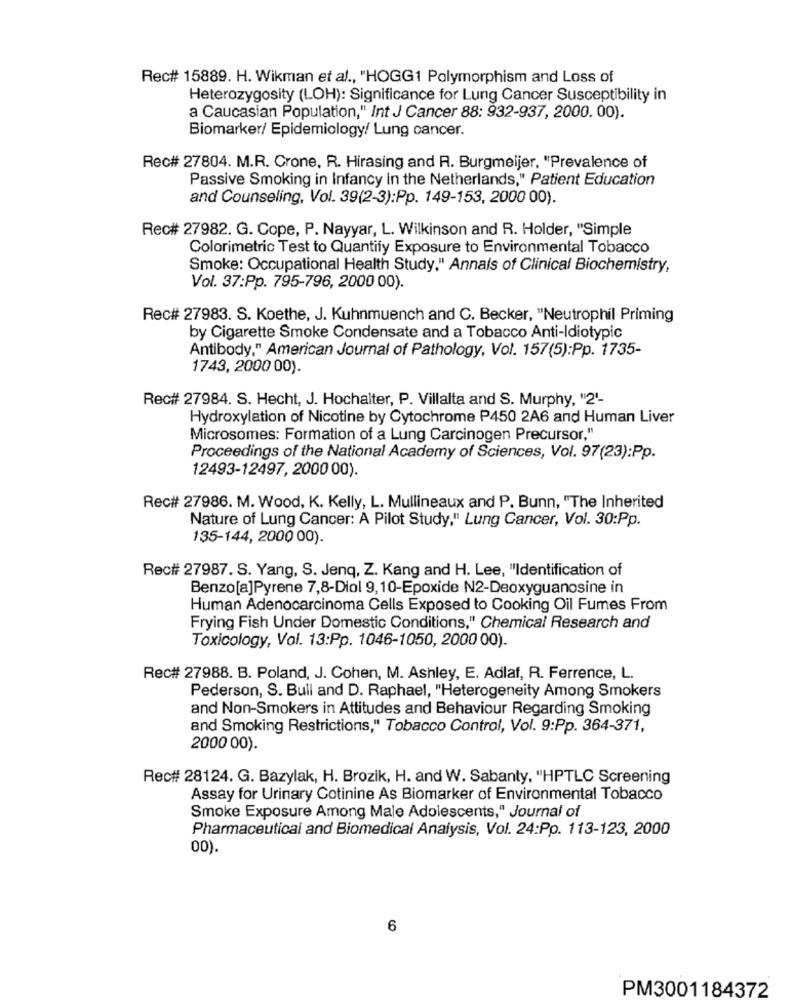
Rec# 15889. H. Wikman et al ., "HOGG1 Polymorphism and Loss of
Heterozygosity (LOH): Significance for Lung Cancer Susceptibility in
a Caucasian Population," Int J Cancer 88: 932-937, 2000. 00).
Biomarker/ Epidemiology/ Lung cancer.
Rec# 27804. M.R. Crone, R. Hirasing and R. Burgmeijer, "Prevalence of
Passive Smoking in Infancy in the Netherlands," Patient Education
and Counseling, Vol. 39(2-3):Pp. 149-153, 2000 00).
Rec# 27982. G. Cope, P. Nayyar, L. Wilkinson and R. Holder, "Simple
Colorimetric Test to Quantify Exposure to Environmental Tobacco
Smoke: Occupational Health Study." Annals of Clinical Biochemistry,
Vol. 37:Pp. 795-796, 2000 00).
Rec# 27983. S. Koethe, J. Kuhnmuench and C. Becker, "Neutrophil Priming
by Cigarette Smoke Condensate and a Tobacco Anti-Idiotypic
Antibody." American Journal of Pathology, Vol. 157(5):Pp. 1735-
1743, 2000 00).
Rec# 27984. S. Hecht, J. Hochalter, P. Villalta and S. Murphy, "2'-
Hydroxylation of Nicotine by Cytochrome P450 2A6 and Human Liver
Microsomes: Formation of a Lung Carcinogen Precursor,"
Proceedings of the National Academy of Sciences, Vol. 97(23):Pp.
12493-12497, 2000 00).
Rec# 27986. M. Wood, K. Kelly, L. Mullineaux and P. Bunn, "The Inherited
Nature of Lung Cancer: A Pilot Study," Lung Cancer, Vol. 30:Pp.
135-144, 2000 00).
Rec# 27987. S. Yang, S. Jenq, Z. Kang and H. Lee, "Identification of
Benzo[a]Pyrene 7,8-Diol 9,10-Epoxide N2-Deoxyguanosine in
Human Adenocarcinoma Cells Exposed to Cooking Oil Fumes From
Frying Fish Under Domestic Conditions," Chemical Research and
Toxicology, Vol. 13:Pp. 1046-1050, 2000 00).
Rec# 27988. B. Poland, J. Cohen, M. Ashley, E. Adlaf, R. Ferrence, L.
Pederson, S. Bull and D. Raphael, "Heterogeneity Among Smokers
and Non-Smokers in Attitudes and Behaviour Regarding Smoking
and Smoking Restrictions," Tobacco Control, Vol. 9:Pp. 364-371,
2000 00).
Rec# 28124. G. Bazylak, H. Brozik, H. and W. Sabanty, "HPTLC Screening
Assay for Urinary Cotinine As Biomarker of Environmental Tobacco
Smoke Exposure Among Male Adolescents," Journal of
Pharmaceutical and Biomedical Analysis, Vol. 24:Pp. 113-123, 2000
00).
6
PM3001184372